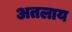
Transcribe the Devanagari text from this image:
अतलाय